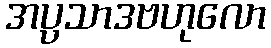
အပ္ပသာဒဗဟုလော